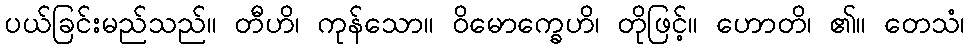
ပယ်ခြင်းမည်သည်။ တီဟိ၊ ကုန်သော။ ဝိမောက္ခေဟိ၊ တိုဖြင့်။ ဟောတိ၊ ၏။ တေသံ၊